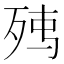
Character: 𭮉